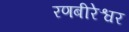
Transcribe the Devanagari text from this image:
रणबीरेश्वर